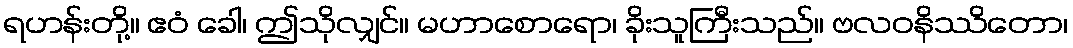
ရဟန်းတို့။ ဧဝံ ခေါ၊ ဤသိုလျှင်။ မဟာစောရော၊ ခိုးသူကြီးသည်။ ဗလဝနိဿိတော၊